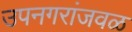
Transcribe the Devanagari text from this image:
उपनगरांजवळ